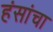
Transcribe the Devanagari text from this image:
हंसांचा